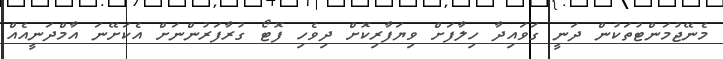
މެނޭޖުމަންޓުތަކުން ދަނީ ގަވައިދާ ހިލާފަށް ވިޔަފާރިކޮށް ދިވެހި ފޮޓޯ ގުރާފަރުންނަށް އެކަށޭނަ އާމްދަނީއެއް